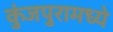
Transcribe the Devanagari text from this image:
कुंजपुरामध्ये